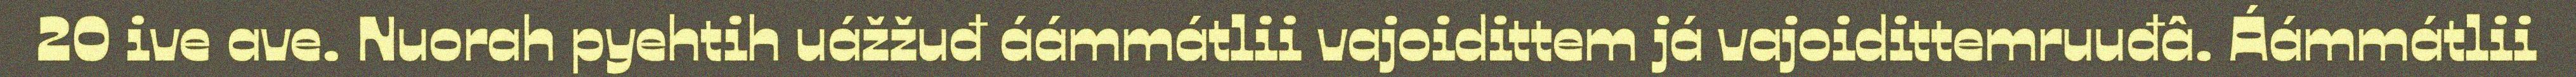
20 ive ave. Nuorah pyehtih uážžuđ áámmátlii vajoidittem já vajoidittemruuđâ. Áámmátlii